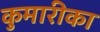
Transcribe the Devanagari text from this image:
कुमारीका